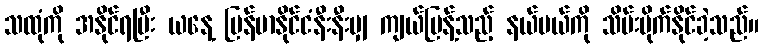
သထုံကို အနိုင်ရပြီး ယနေ့ မြန်မာနိုင်ငံနီးနီးမျှ ကျယ်ပြန့်သည့် နယ်ပယ်ကို သိမ်းပိုက်နိုင်ခဲ့သည်။